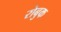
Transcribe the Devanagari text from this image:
रोबुक